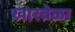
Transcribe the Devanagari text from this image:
खारबेळा